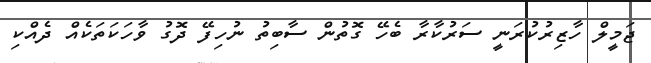
ޖަމީލް ހާޒިރުކުރަނީ ސަރުކާރާ ބެހޭ ގޮތުން ސާބިތު ނުހިފޭ ދޮގު ވާހަކަތަކެއް ދެއްކި